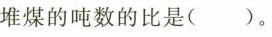
堆煤的吨数的比是()。